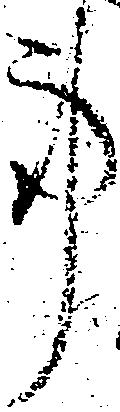
事